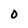
Character: 0